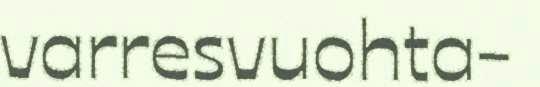
varresvuohta-